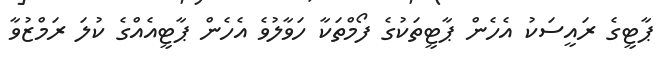
ޕާޓީގެ ރައީސަކު އެހެން ޕާޓީތަކުގެ ފޯމްތަކާ ހަވާލުވެ އެހެން ޕާޓީއެއްގެ ކުލަ ރަމްޒުވާ